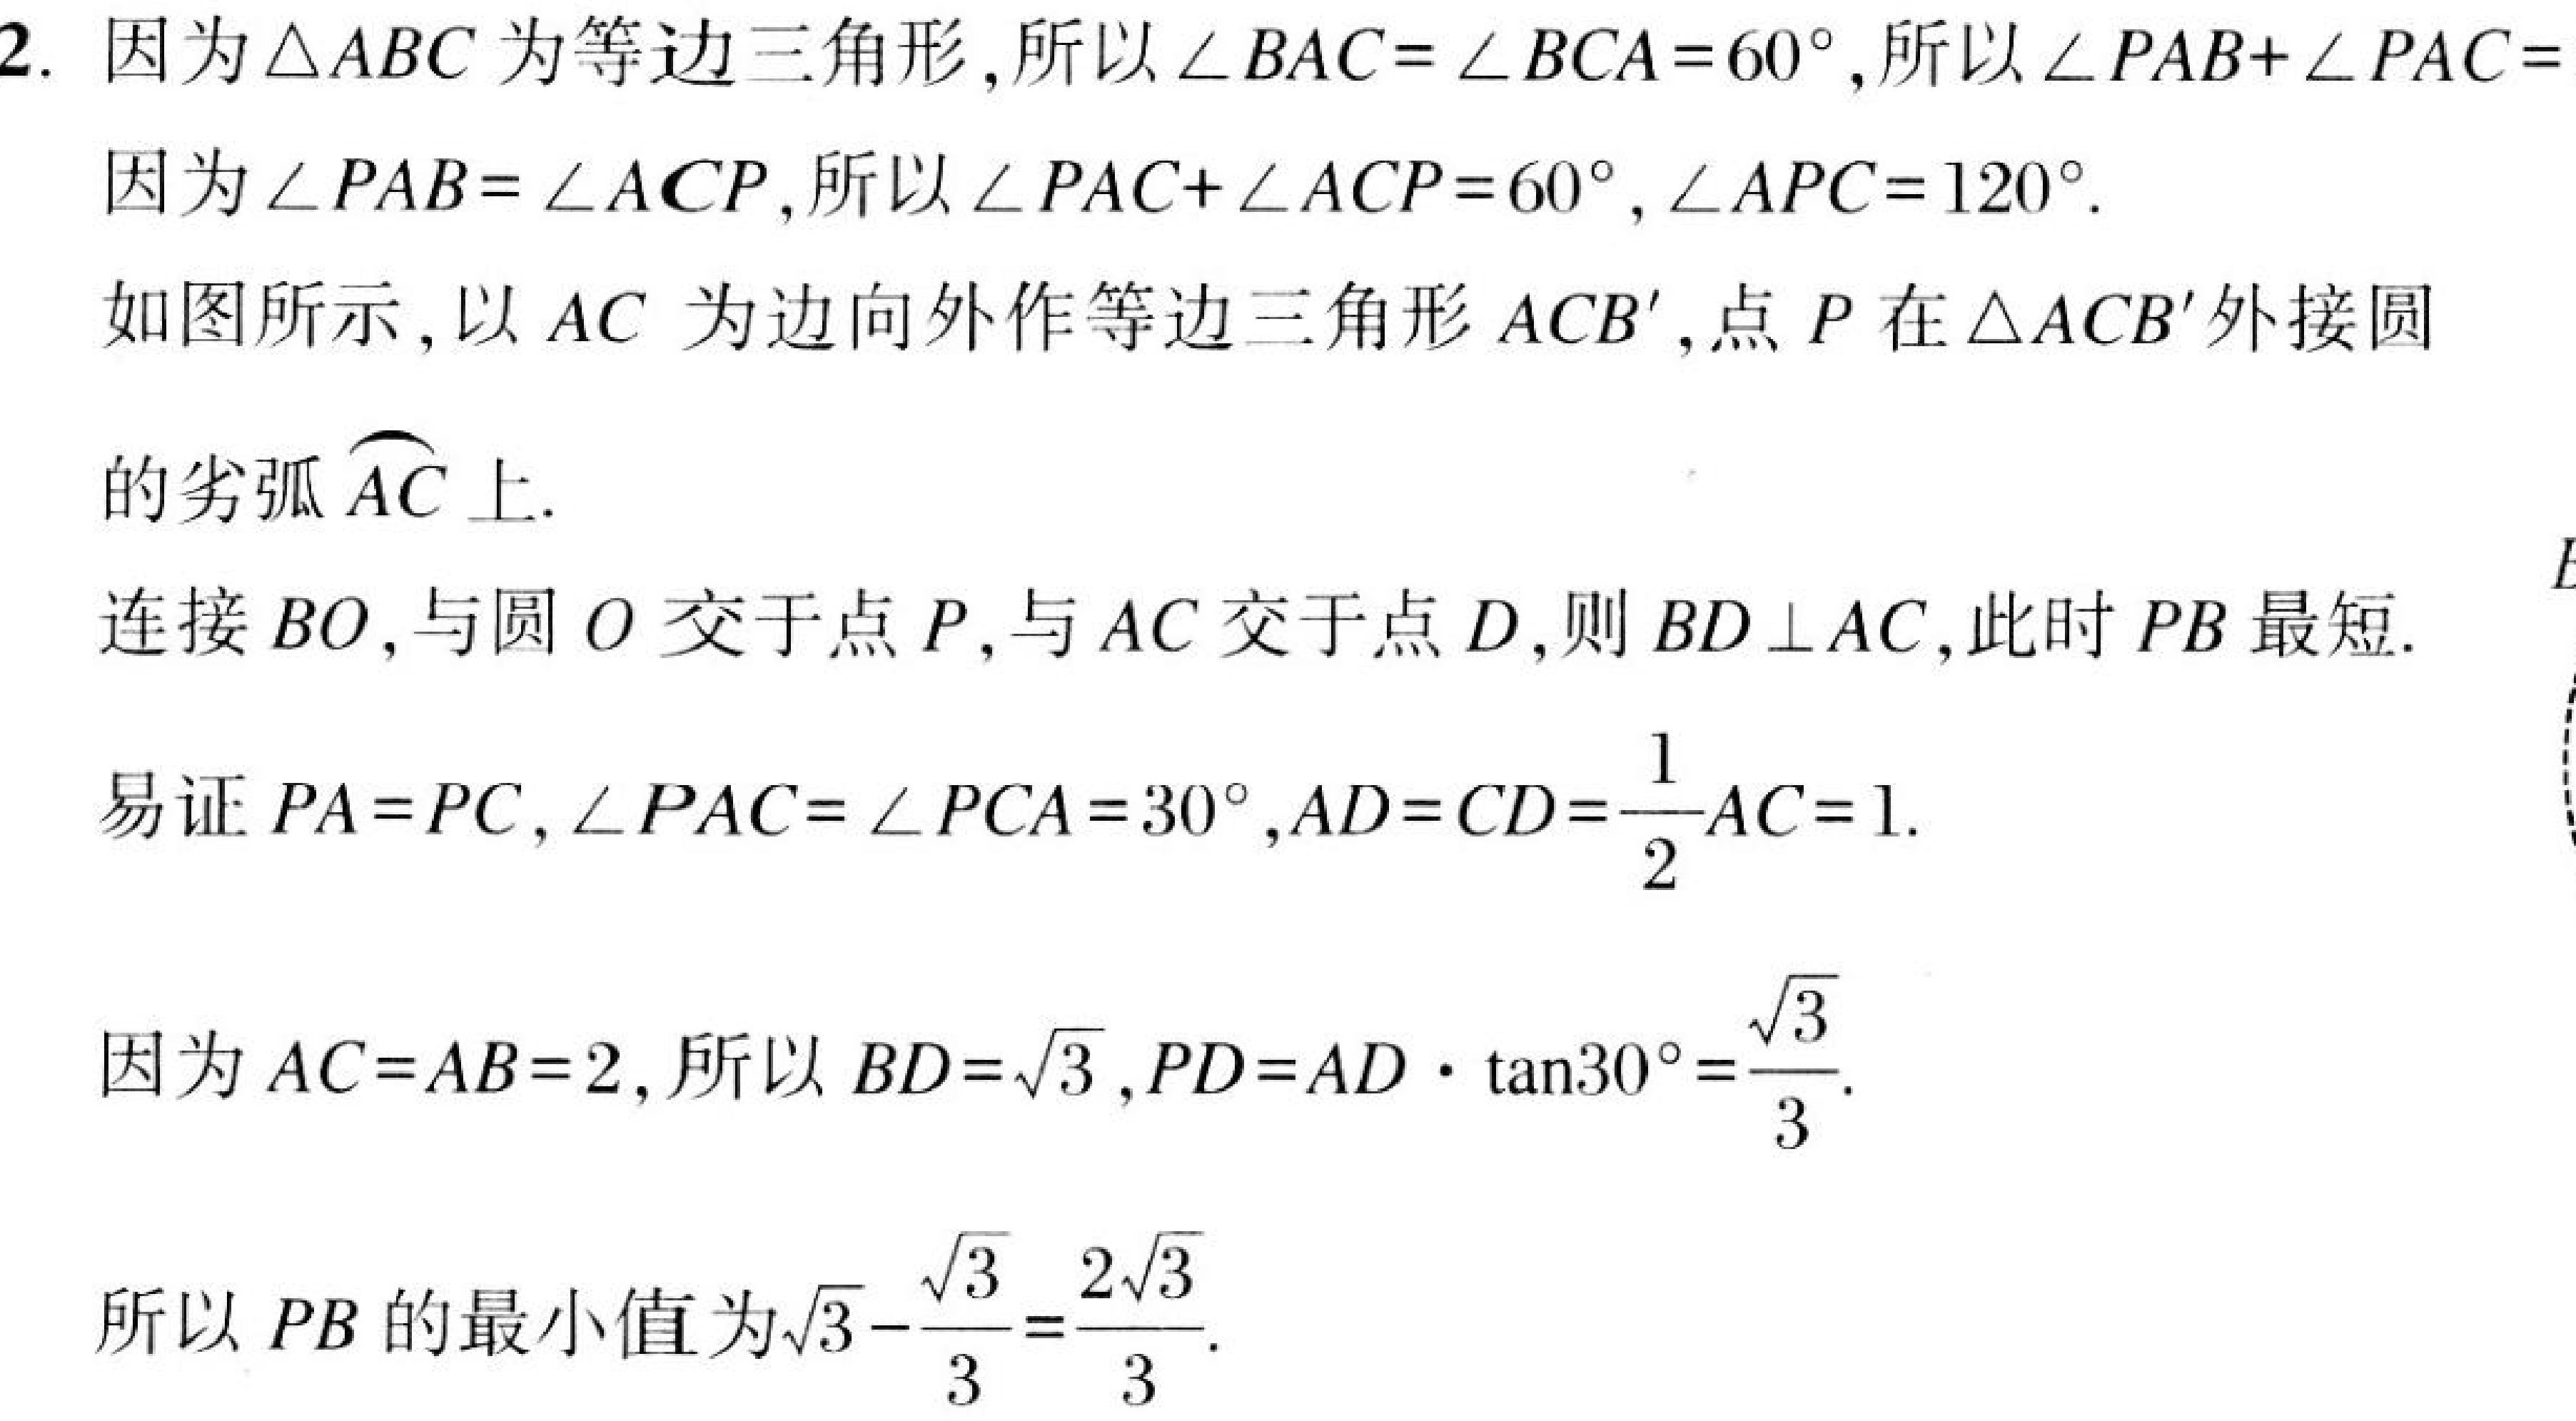
2. 因为\(\triangle ABC\)为等边三角形,所以\(\angle BAC = \angle BCA = 60^{\circ}\),所以\(\angle PAB+\angle PAC = \)
因为\(\angle PAB=\angle ACP\),所以\(\angle PAC+\angle ACP = 60^{\circ},\angle APC = 120^{\circ}\).
如图所示,以\(AC\)为边向外作等边三角形\(ACB'\),点\(P\)在\(\triangle ACB'\)外接圆
的劣弧\(\overset{\frown}{AC}\)上.
连接\(BO\),与圆\(O\)交于点\(P\),与\(AC\)交于点\(D\),则\(BD\perp AC\),此时\(PB\)最短.
易证\(PA = PC,\angle PAC=\angle PCA = 30^{\circ},AD = CD=\dfrac{1}{2}AC = 1\).
因为\(AC = AB = 2\),所以\(BD=\sqrt{3},PD = AD\cdot\tan30^{\circ}=\dfrac{\sqrt{3}}{3}\).
所以\(PB\)的最小值为\(\sqrt{3}-\dfrac{\sqrt{3}}{3}=\dfrac{2\sqrt{3}}{3}\).